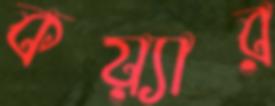
কয়্যার